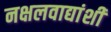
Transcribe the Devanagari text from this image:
नक्षलवाद्यांशी